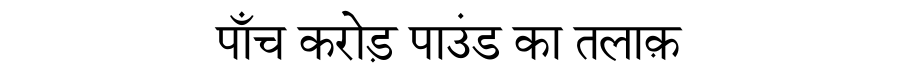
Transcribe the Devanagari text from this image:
पाँच करोड़ पाउंड का तलाक़